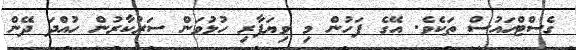
ގެސްޓްހައުސް ތަކެވެ. އޭގެ ފަހުން މި ވިޔަފާރި ހުޅުވަން ސަރުކާރުން ހުއްދަ ދޭން